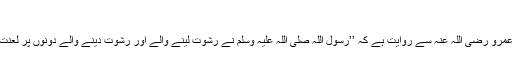
‘‘
عبداللہ بن عمرو رضی اللہ عنہ سے روایت ہے کہ ’’رسول اللہ صلی اللہ علیہ وسلم نے رشوت لینے والے اور رشوت دینے والے دونوں پر لعنت کی ہے‘‘۔